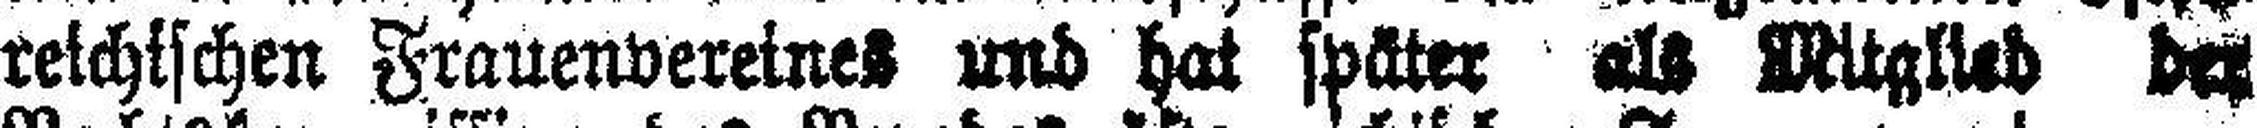
reichischen Frauenvereines und hat später als Mitglied der